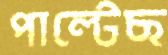
পাল্টেছ